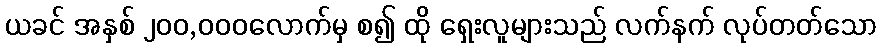
ယခင် အနှစ် ၂၀၀,၀၀၀လောက်မှ စ၍ ထို ရှေးလူများသည် လက်နက် လုပ်တတ်သော